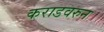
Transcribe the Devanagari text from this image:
कराडवरुन